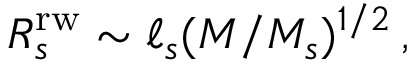
R _ { s } ^ { \mathrm { r w } } \sim \ell _ { s } ( M / M _ { s } ) ^ { 1 / 2 } \, ,